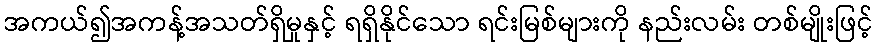
အကယ်၍အကန့်အသတ်ရှိမှုနှင့် ရရှိနိုင်သော ရင်းမြစ်များကို နည်းလမ်း တစ်မျိုးဖြင့်